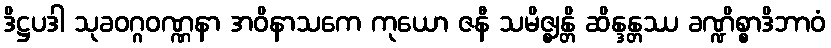
ဒိဋ္ဌပဒါ သုခဝဂ္ဂဝဏ္ဏနာ အဝိနာသကေ ကုယော ဇနီ သမိဇ္ဈန္တိ ဆိန္ဒန္တဿ ခဏ္ဍိစ္စာဒိဘာဝံ